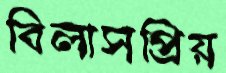
বিলাসপ্রিয়